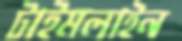
টাইমলাইন